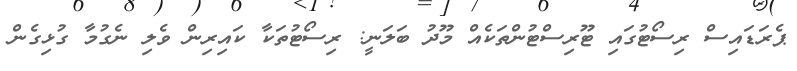
ޕެރަޑައިސް ރިސޯޓުގައި ޓޫރިސްޓުންތަކެއް މޫދު ބަލަނީ: ރިސޯޓުތަކާ ކައިރިން ވެލި ނެގުމާ ގުޅިގެން